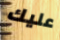
عليك